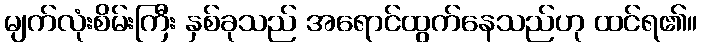
မျက်လုံးစိမ်းကြီး နှစ်ခုသည် အရောင်ထွက်နေသည်ဟု ထင်ရ၏။